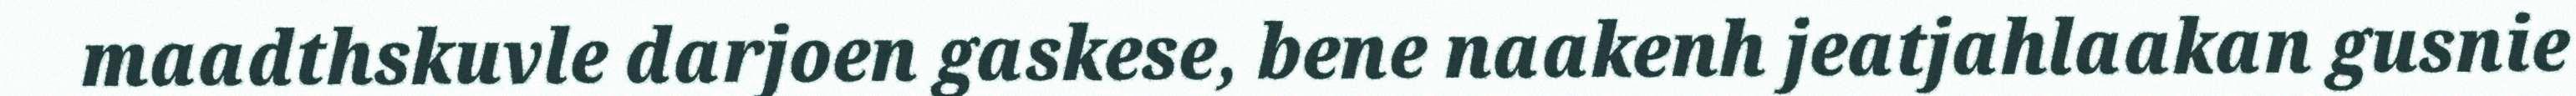
maadthskuvle darjoen gaskese, bene naakenh jeatjahlaakan gusnie